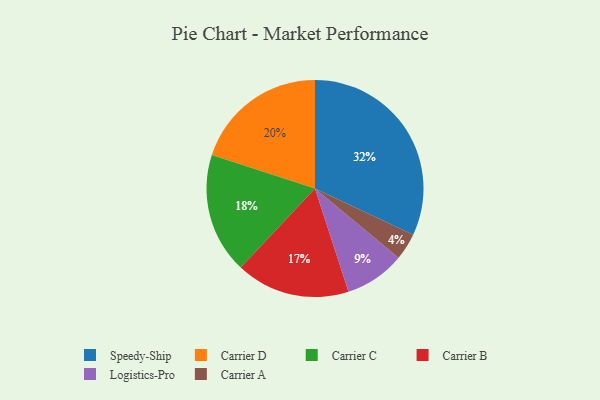
{"axis": {"x": "Category", "y": "Percentage"}, "legend": ["Carrier A", "Carrier B", "Carrier C", "Carrier D", "Logistics-Pro", "Speedy-Ship"], "data": [{"x": "Logistics-Pro", "y": 9, "type": "Logistics-Pro"}, {"x": "Carrier C", "y": 18, "type": "Carrier C"}, {"x": "Speedy-Ship", "y": 32, "type": "Speedy-Ship"}, {"x": "Carrier A", "y": 4, "type": "Carrier A"}, {"x": "Carrier B", "y": 17, "type": "Carrier B"}, {"x": "Carrier D", "y": 20, "type": "Carrier D"}]}